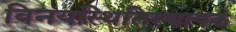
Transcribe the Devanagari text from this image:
विनयस्थितिस्थापक